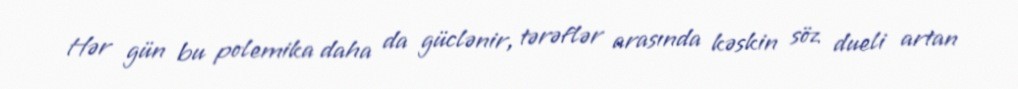
Hər gün bu polemika daha da güclənir, tərəflər arasında kəskin söz dueli artan